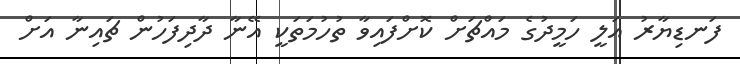
ފަނޑިޔާރު އަލީ ހަމީދުގެ މައްޗަށް ކޮށްފައިވާ ތުހުމަތަކީ އޭނާ ދާދިފަހުން ޗައިނާ އަށް